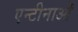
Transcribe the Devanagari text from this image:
एन्टीनाओं